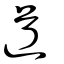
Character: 道